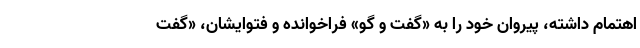
اهتمام داشته، پیروان خود را به «گفت و گو» فراخوانده و فتوایشان، «گفت